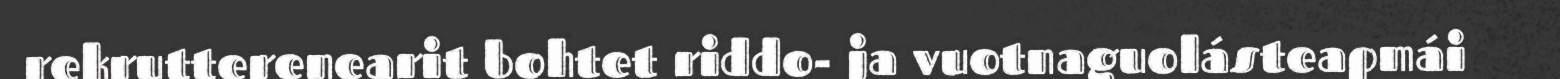
rekrutterenearit bohtet riddo- ja vuotnaguolásteapmái